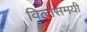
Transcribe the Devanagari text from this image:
विलासमयी